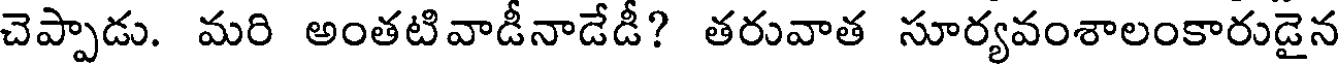
చెప్పాడు. మరి అంతటివాడీనాడేడీ? తరువాత సూర్యవంశాలంకారుడైన